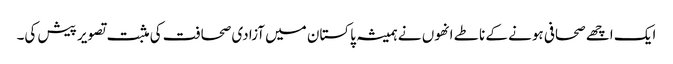
ایک اچھے صحافی ہونے کے ناطے انھوں نے ہمیشہ پاکستان میں آزادی صحافت کی مثبت تصویر پیش کی۔